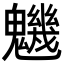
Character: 魕